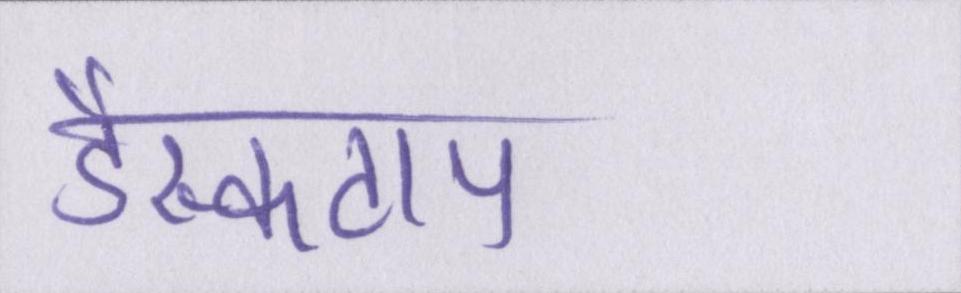
डैस्कटाप